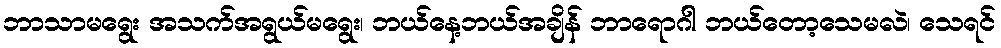
ဘာသာမရွေး အသက်အရွယ်မရွေး၊ ဘယ်နေ့ဘယ်အချိန် ဘာရောဂါ ဘယ်တော့သေမလဲ၊ သေရင်